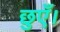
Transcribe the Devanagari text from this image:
छुएँ।